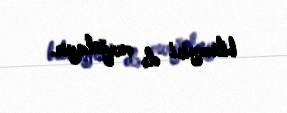
biləcəyini də vurğulayır.